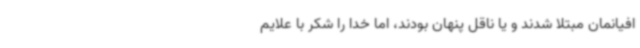
افیانمان مبتلا شدند و یا ناقل پنهان بودند، اما خدا را شکر با علایم